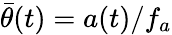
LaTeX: {\bar{\theta}}(t)=a(t)/f_{a}